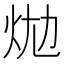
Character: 𤇉